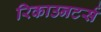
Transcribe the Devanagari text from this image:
रिकाउनटर्स